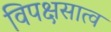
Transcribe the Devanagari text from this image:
विपक्षसात्व